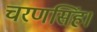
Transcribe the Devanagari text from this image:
चरणसिंह।